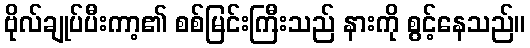
ဗိုလ်ချုပ်ပီးကာ့၏ စစ်မြင်းကြီးသည် နားကို စွင့်နေသည်။